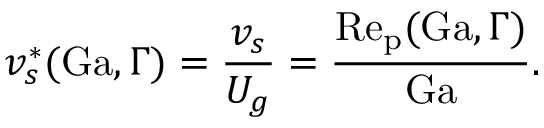
v _ { s } ^ { \ast } ( \mathrm { G a } , \Gamma ) = \frac { v _ { s } } { U _ { g } } = \frac { \mathrm { R e _ { p } } ( \mathrm { G a } , \Gamma ) } { \mathrm { G a } } .